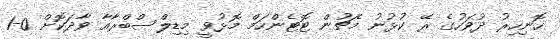
ހޮނިހިރު ދުވަހުގެ ރޭ ކުޅުނު މެޗުން ޓޮޓެންހަމް މޮޅުވީ މިޑިލްސްބްރާއާ ވާދަކޮށް 0-1